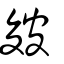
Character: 皴